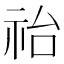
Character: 𥙉